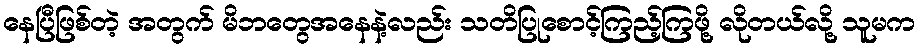
နေပြီဖြစ်တဲ့ အတွက် မိဘတွေအနေနဲ့လည်း သတိပြုစောင့်ကြည့်ကြဖို့ လိုတယ်လို့ သူမက